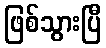
ဖြစ်သွားပြီ